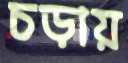
চড়ায়